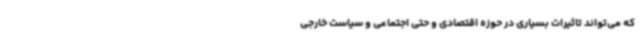
که می‌تواند تاثیرات بسیاری در حوزه اقتصادی و حتی اجتماعی و سیاست خارجی